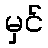
မှင်